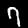
Label: 7